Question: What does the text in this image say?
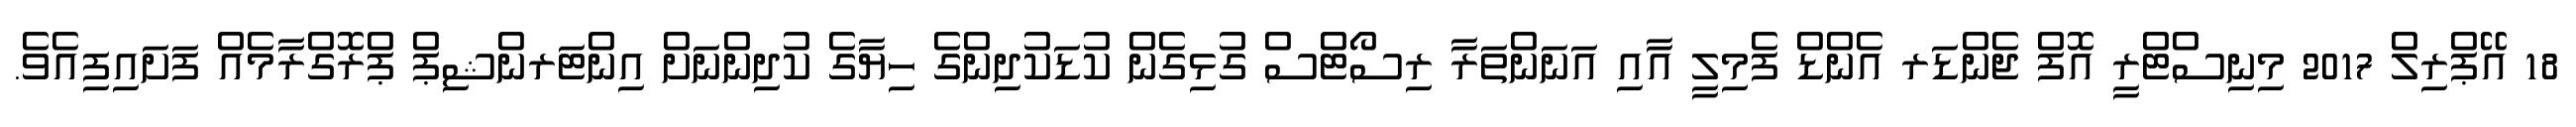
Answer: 18 އޭޕްރިލް 2017 މިނިސްޓްރީ އޮފް ޖެންޑަރ އެންޑް ފެމިލީ އާއި އަނަންތަރާ ރިސޯޓްސް ގުޅިގެން ކުޑަކުދިންގެ ހިޔާގެ ކުދިންނަށް އިންޓަރންޝިޕް ޕްރޮގްރާމެއް ފަށައިފިއެވެ.